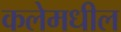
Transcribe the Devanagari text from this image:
कलेमधील